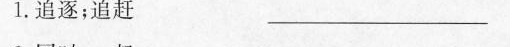
1. 追逐；追赶 ——